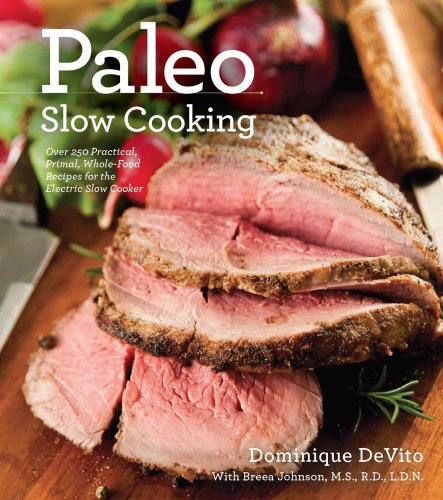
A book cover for Paleo Slow Cooking; Cider Mill Press; Cookbooks, Food & Wine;